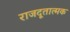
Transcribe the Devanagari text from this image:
राजदूतात्मक